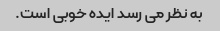
به نظر می رسد ایده خوبی است.